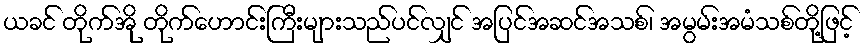
ယခင် တိုက်အို တိုက်ဟောင်းကြီးများသည်ပင်လျှင် အပြင်အဆင်အသစ်၊ အမွမ်းအမံသစ်တို့ဖြင့်